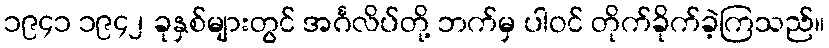
၁၉၄၁ ၁၉၄၂ ခုနှစ်များတွင် အင်္ဂလိပ်တို့ ဘက်မှ ပါဝင် တိုက်ခိုက်ခဲ့ကြသည်။